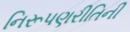
નિરૂપણરીતિની